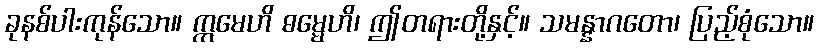
ခုနစ်ပါးကုန်သော။ ဣမေဟိ ဓမ္မေဟိ၊ ဤတရားတို့နှင့်။ သမန္နာဂတော၊ ပြည့်စုံသော။